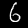
Label: 6